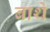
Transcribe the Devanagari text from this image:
बाथे